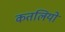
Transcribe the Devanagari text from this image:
कतलियों